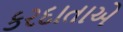
કરદાતાએ